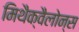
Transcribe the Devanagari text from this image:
मिथैक्वैलोन्स